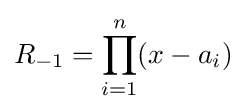
R_{-1}=\prod _{i=1}^{n}(x-a_{i})